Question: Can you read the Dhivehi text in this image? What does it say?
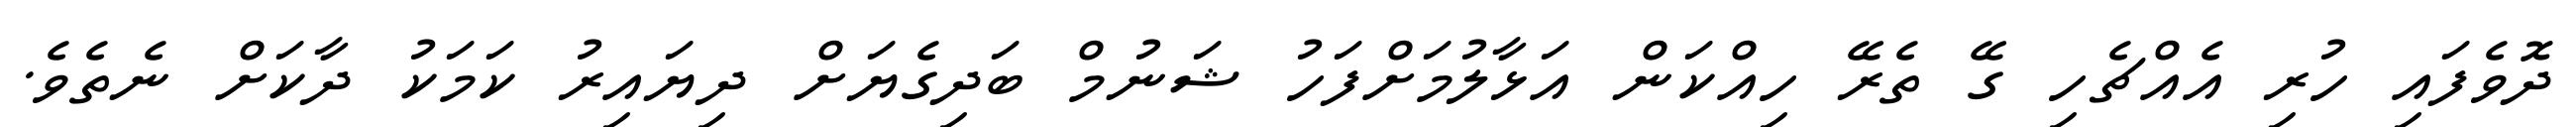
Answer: ދޮވެފައި ހުރި އެއްޗެހި ގޭ ތެރޭ ހިއްކަން އަޅާލުމަށްފަހު ޝަނުމް ބަދިގެޔަށް ދިޔައިރު ކަމަކު ދާކަށް ނެތެވެ.